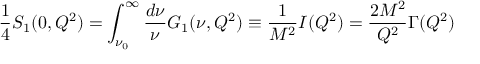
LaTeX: { \frac { 1 } { 4 } } S _ { 1 } ( 0 , Q ^ { 2 } ) = \int _ { \nu _ { 0 } } ^ { \infty } { \frac { d \nu } { \nu } } G _ { 1 } ( \nu , Q ^ { 2 } ) \equiv { \frac { 1 } { M ^ { 2 } } } I ( Q ^ { 2 } ) = { \frac { 2 M ^ { 2 } } { Q ^ { 2 } } } \Gamma ( Q ^ { 2 } )